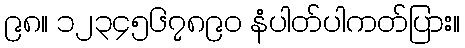
၉၈။ ၁၂၃၄၅၆၇၈၉၀ နံပါတ်ပါကတ်ပြား။